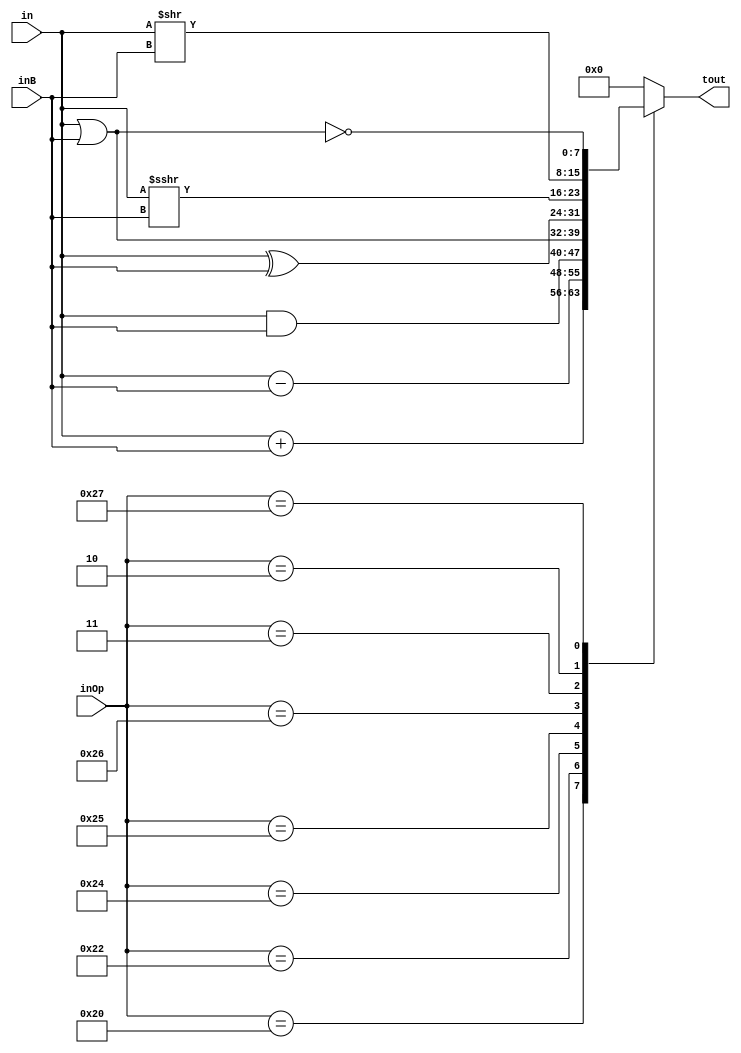
`timescale 1ns / 1ps
//////////////////////////////////////////////////////////////////////////////////
// Company: 
// Engineer: 
// 
// Design Name: 
// Module Name:    t 
// Project Name: 
// Target Devices: 
// Tool versions: 
// Description: 
//
// Dependencies: 
//
// Revision: 
// Revision 0.01 - File Created
// Additional Comments: 
//
//////////////////////////////////////////////////////////////////////////////////
module t(
		in,
		inB,
		inOp,
		
		tout
    );
	 
	 input signed [7:0] in;
	 input [7:0] inB;
	 input [5:0] inOp;
	 
	 output reg [7:0] tout;
	 
	 always @*
	 begin
		case(inOp)
			6'b100000:
			begin
				tout = in + inB;
			end
			6'b100010:
			begin
				tout = in - inB;
			end
			6'b100100:
			begin
				tout = in & inB;
			end
			6'b100101:
			begin
				tout = in | inB;
			end
			6'b100110:
			begin
				tout = in ^ inB;
			end
			6'b000011:
			begin
				tout = in >>> inB;
			end
			6'b000010:
			begin
				tout = in >> inB;
			end
			6'b100111:
			begin
				tout = ~(in | inB);
			end
			default:
			begin
				tout = 0;
			end
		endcase
	 end


endmodule